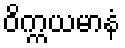
ဝိက္ကယမာနံ